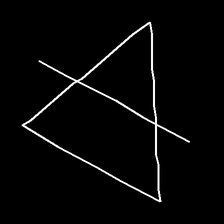
Glyph: empower